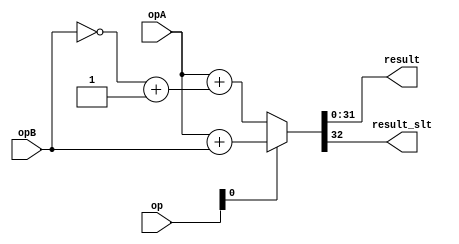
module addersub (
            opA, opB,
            op, 
            result,
            result_slt );

parameter WIDTH=32;


input [WIDTH-1:0] opA;
input [WIDTH-1:0] opB;
//input carry_in;
input [3-1:0] op;

output [WIDTH-1:0] result;
output result_slt;

wire carry_out;
//wire [WIDTH:0] sum;
reg [WIDTH:0] sum;

// Mux between sum, and slt
wire is_slt;
wire signext;
wire addsub;

assign is_slt=op[2];
assign signext=op[1];
assign addsub=op[0];

assign result=sum[WIDTH-1:0];
//assign result_slt[WIDTH-1:1]={31{1'b0}};
//assign result_slt[0]=sum[WIDTH];
assign result_slt=sum[WIDTH];
wire [WIDTH-1:0] oA;
wire [WIDTH-1:0] oB;
wire [WIDTH-1:0] o_B;
assign oA = {signext&opA[WIDTH-1],opA};
assign oB = {signext&opB[WIDTH-1],opB};
assign o_B = ~{signext&opB[WIDTH-1],opB} + 1'b1;
always @(*) begin
	if(addsub == 1'b1) begin
		sum = oA + oB;
	end else begin
		sum = oA + o_B;
	end
end

/*
lpm_add_sub adder_inst(
    .dataa({signext&opA[WIDTH-1],opA}),
    .datab({signext&opB[WIDTH-1],opB}),
    .cin(~addsub),
    .add_sub(addsub),
    .result(sum)
        // synopsys translate_off
        ,
        .cout (),
        .clken (),
        .clock (),
        .overflow (),
        .aclr ()
        // synopsys translate_on
    );
defparam 
    adder_inst.lpm_width=WIDTH+1,
    adder_inst.lpm_representation="SIGNED";
*/
assign carry_out=sum[WIDTH];


endmodule